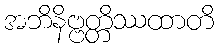
အဘိနိဗ္ဗတ္တိဿထာတိ